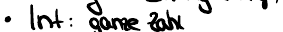
Int : ganze Zahl